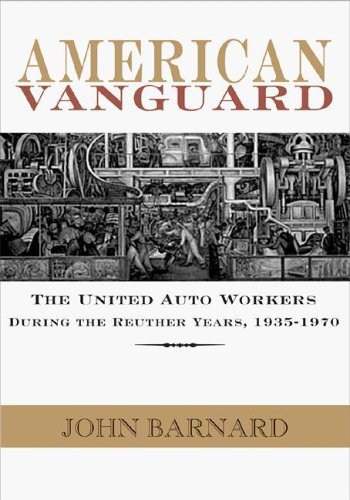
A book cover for American Vanguard: The United Auto Workers during the Reuther Years, 1935-1970; John Barnard; Business & Money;